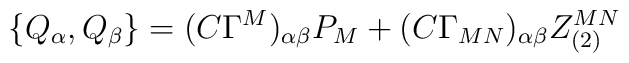
\{Q_\alpha,Q_\beta\} = (C\Gamma^M)_{\alpha\beta} P_M + (C\Gamma_{MN})_{\alpha\beta} Z_{(2)}^{MN}